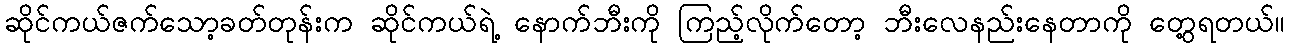
ဆိုင်ကယ်ဇက်သော့ခတ်တုန်းက ဆိုင်ကယ်ရဲ့ နောက်ဘီးကို ကြည့်လိုက်တော့ ဘီးလေနည်းနေတာကို တွေ့ရတယ်။